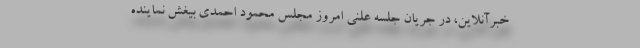
خبرآنلاین، در جریان جلسه علنی امروز مجلس محمود احمدی بیغش نماینده